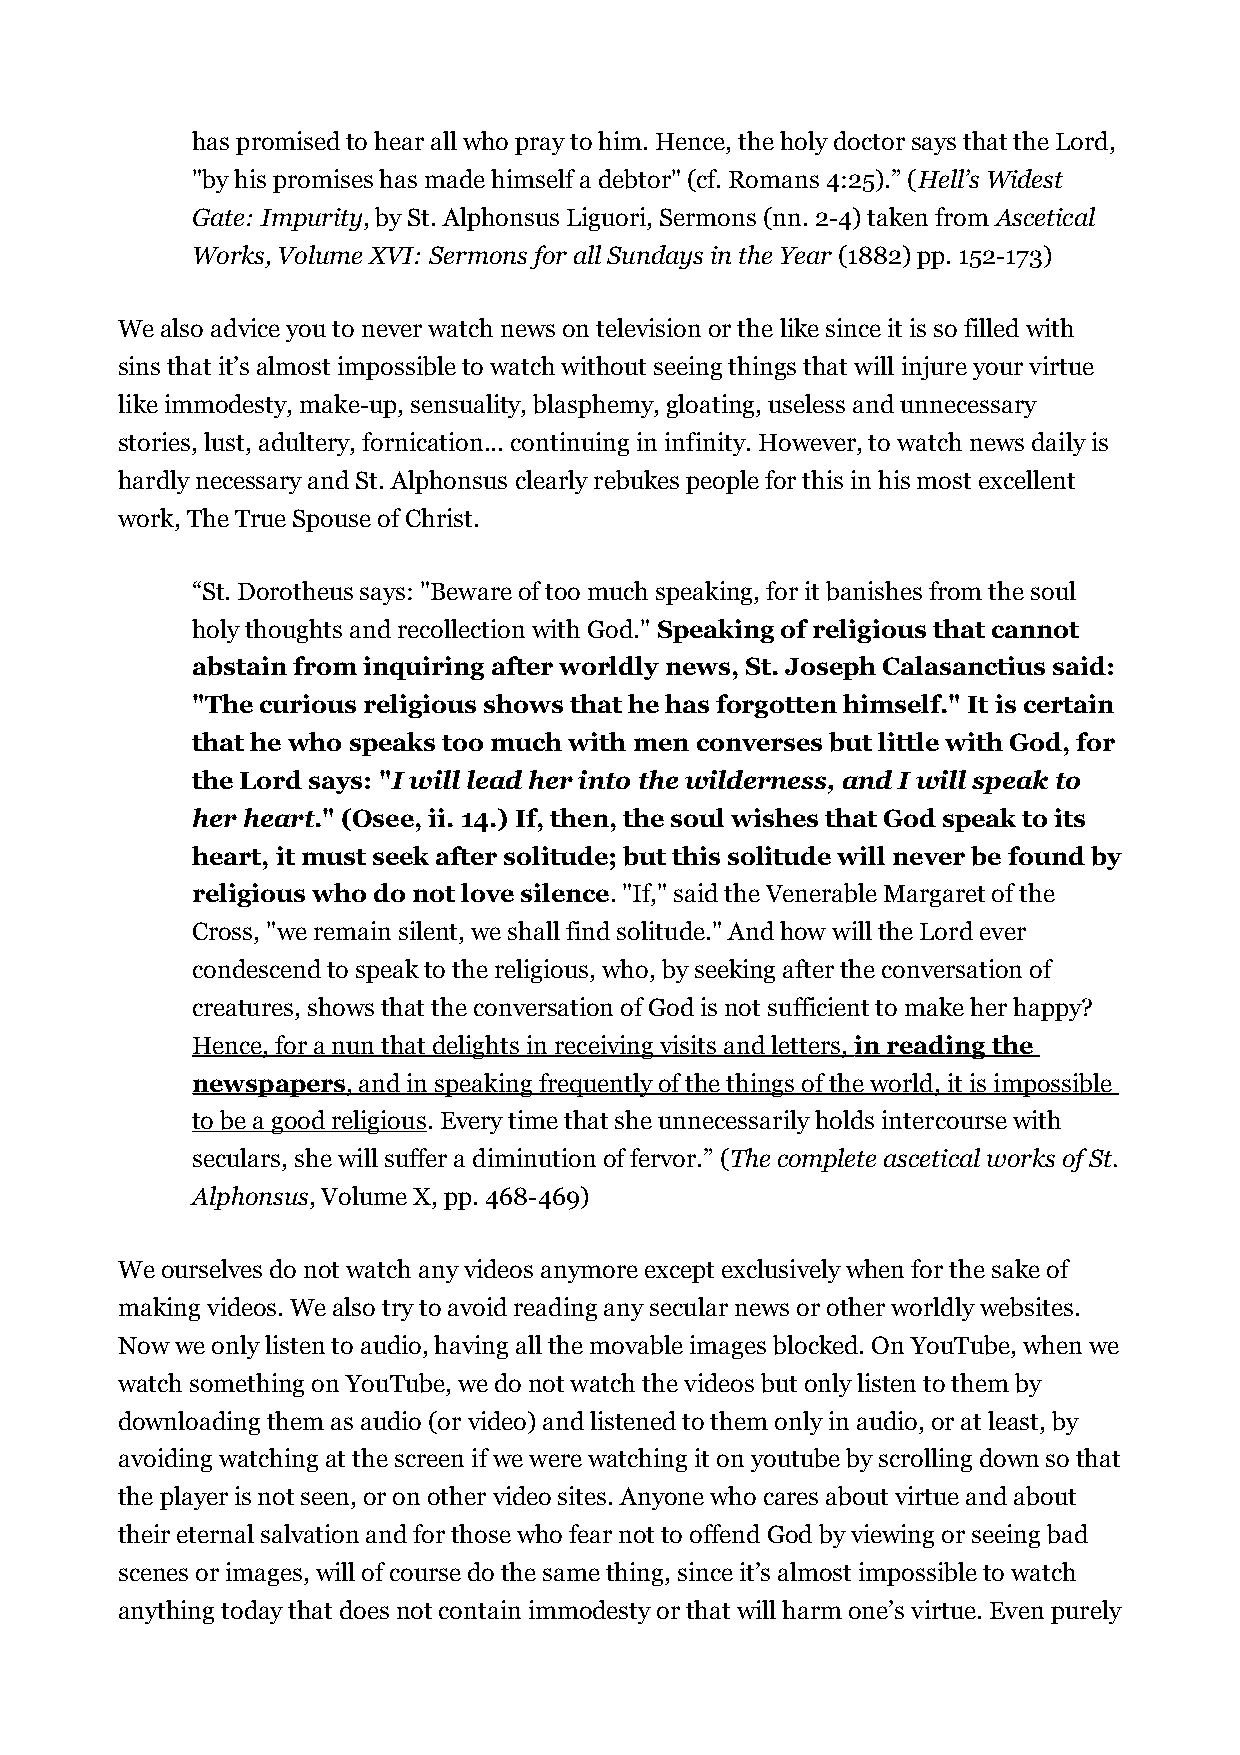
has promised to hear all who pray to him. Hence, the holy doctor says that the Lord,
 "by his promises has made himself a debtor" (cf. Romans 4:25).” (Hell’s Widest
 Gate: Impurity, by St. Alphonsus Liguori, Sermons (nn. 2-4) taken from Ascetical
 Works, Volume XVI: Sermons for all Sundays in the Year (1882) pp. 152-173)
 We also advice you to never watch news on television or the like since it is so filled with
 sins that it’s almost impossible to watch without seeing things that will injure your virtue
 like immodesty, make-up, sensuality, blasphemy, gloating, useless and unnecessary
 stories, lust, adultery, fornication... continuing in infinity. However, to watch news daily is
 hardly necessary and St. Alphonsus clearly rebukes people for this in his most excellent
 work, The True Spouse of Christ.
 “St. Dorotheus says: "Beware of too much speaking, for it banishes from the soul
 holy thoughts and recollection with God." Speaking of religious that cannot
 abstain from inquiring after worldly news, St. Joseph Calasanctius said:
 "The curious religious shows that he has forgotten himself." It is certain
 that he who speaks too much with men converses but little with God, for
 the Lord says: "I will lead her into the wilderness, and I will speak to
 her heart." (Osee, ii. 14.) If, then, the soul wishes that God speak to its
 heart, it must seek after solitude; but this solitude will never be found by
 religious who do not love silence. "If," said the Venerable Margaret of the
 Cross, "we remain silent, we shall find solitude." And how will the Lord ever
 condescend to speak to the religious, who, by seeking after the conversation of
 creatures, shows that the conversation of God is not sufficient to make her happy?
 Hence, for a nun that delights in receiving visits and letters, in reading the
 newspapers , and in speaking frequently of the things of the world, it is impossible
 to be a good religious. Every time that she unnecessarily holds intercourse with
 seculars, she will suffer a diminution of fervor.” (The complete ascetical works of St.
 Alphonsus, Volume X, pp. 468-469)
 We ourselves do not watch any videos anymore except exclusively when for the sake of
 making videos. We also try to avoid reading any secular news or other worldly websites.
 Now we only listen to audio, having all the movable images blocked. On YouTube, when we
 watch something on YouTube, we do not watch the videos but only listen to them by
 downloading them as audio (or video) and listened to them only in audio, or at least, by
 avoiding watching at the screen if we were watching it on youtube by scrolling down so that
 the player is not seen, or on other video sites. Anyone who cares about virtue and about
 their eternal salvation and for those who fear not to offend God by viewing or seeing bad
 scenes or images, will of course do the same thing, since it’s almost impossible to watch
 anything today that does not contain immodesty or that will harm one’s virtue. Even purely